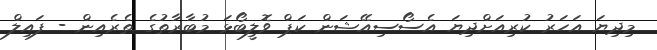
މިދިޔަ އަހަރު ކުރިއަށްދިޔަ އެސޯސިއޭޝަން ކަޕް ވޮލީބޯޅަ މުބާރާތުގެ ތެރެއިން - ފައިލް